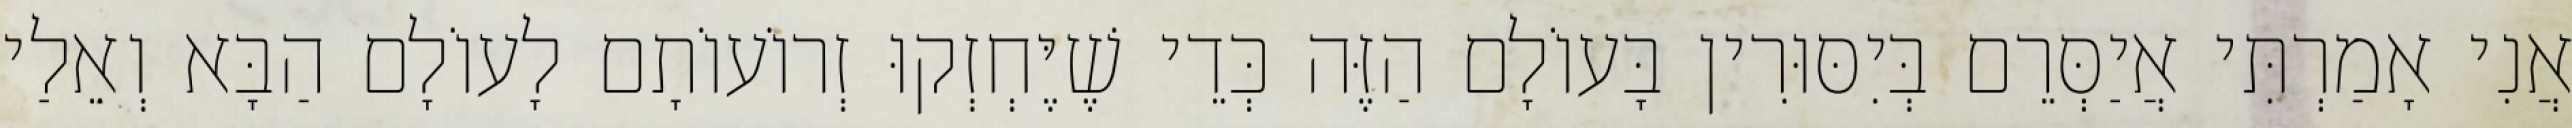
אֲנִי אָמַרְתִּי אֲיַסְּרֵם בְּיִסּוּרִין בָּעוֹלָם הַזֶּה כְּדֵי שֶׁיֶּחְזְקוּ זְרוֹעוֹתָם לָעוֹלָם הַבָּא וְאֵלַי